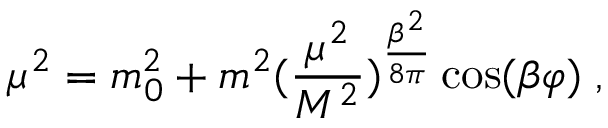
\mu ^ { 2 } = m _ { 0 } ^ { 2 } + m ^ { 2 } ( { \frac { \mu ^ { 2 } } { M ^ { 2 } } } ) ^ { { \frac { \beta ^ { 2 } } { 8 \pi } } } \cos ( \beta \varphi ) \; ,